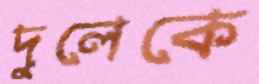
দুলেকে